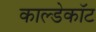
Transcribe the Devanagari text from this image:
काल्डेकॉट